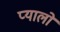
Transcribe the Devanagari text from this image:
प्यालो